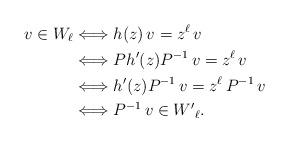
LaTeX: \begin{align*} v \in W_\ell & \Longleftrightarrow h(z) \, v = z^{\ell} \, v \\ & \Longleftrightarrow P h'(z) P^{-1} \, v = z^{\ell} \, v \\ & \Longleftrightarrow h'(z) P^{-1} \, v = z^{\ell} \, P^{-1} \, v \\ & \Longleftrightarrow P^{-1} \, v \in {W'}_\ell .\end{align*}